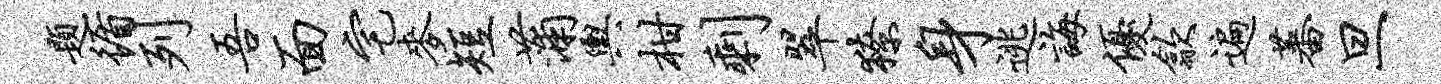
题循列吾面宅麦短蒲舆柑剩翠獠身逃诲优歙遍蕃旦